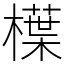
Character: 𣜿